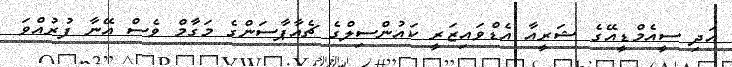
އަދި ސީއެމްޑީއޭގެ ޝަރީއާ އެޑްވައިޒަރީ ކައުންސިލްގެ ޗެއާޕާސަންގެ މަގާމް ވެސް އޭނާ ފުރުއްވަ